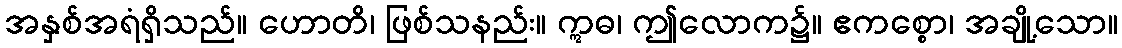
အနှစ်အရံရှိသည်။ ဟောတိ၊ ဖြစ်သနည်း။ ဣဓ၊ ဤလောက၌။ ဧကစ္စော၊ အချို့သော။